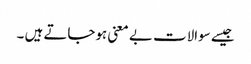
جیسے سوالات بے معنی ہوجاتے ہیں ۔